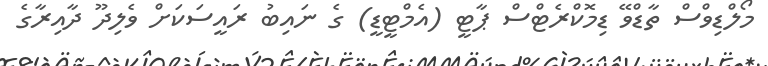
މޯލްޑިވްސް ތާޑްވޭ ޑިމޮކްރެޓްސް ޕާޓީ (އެމްޓީޑީ) ގެ ނައިބު ރައީސަކަށް ވެލިދޫ ދާއިރާގެ